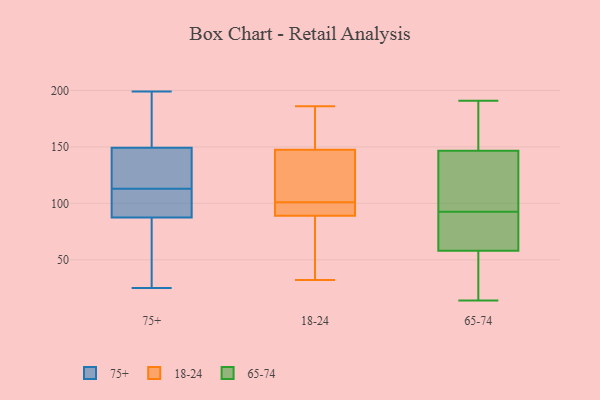
{"axis": {"x": "Backlog", "y": "Value"}, "legend": ["18-24", "65-74", "75+"], "data": [{"x": "", "y": 25, "type": "75+"}, {"x": "", "y": 186, "type": "75+"}, {"x": "", "y": 105, "type": "75+"}, {"x": "", "y": 113, "type": "75+"}, {"x": "", "y": 97, "type": "75+"}, {"x": "", "y": 134, "type": "75+"}, {"x": "", "y": 52, "type": "75+"}, {"x": "", "y": 149, "type": "75+"}, {"x": "", "y": 199, "type": "75+"}, {"x": "", "y": 129, "type": "75+"}, {"x": "", "y": 150, "type": "75+"}, {"x": "", "y": 99, "type": "75+"}, {"x": "", "y": 59, "type": "75+"}, {"x": "", "y": 149, "type": "18-24"}, {"x": "", "y": 109, "type": "18-24"}, {"x": "", "y": 98, "type": "18-24"}, {"x": "", "y": 150, "type": "18-24"}, {"x": "", "y": 83, "type": "18-24"}, {"x": "", "y": 95, "type": "18-24"}, {"x": "", "y": 32, "type": "18-24"}, {"x": "", "y": 174, "type": "18-24"}, {"x": "", "y": 91, "type": "18-24"}, {"x": "", "y": 59, "type": "18-24"}, {"x": "", "y": 88, "type": "18-24"}, {"x": "", "y": 163, "type": "18-24"}, {"x": "", "y": 104, "type": "18-24"}, {"x": "", "y": 129, "type": "18-24"}, {"x": "", "y": 146, "type": "18-24"}, {"x": "", "y": 93, "type": "18-24"}, {"x": "", "y": 186, "type": "18-24"}, {"x": "", "y": 90, "type": "18-24"}, {"x": "", "y": 53, "type": "18-24"}, {"x": "", "y": 121, "type": "18-24"}, {"x": "", "y": 91, "type": "65-74"}, {"x": "", "y": 101, "type": "65-74"}, {"x": "", "y": 20, "type": "65-74"}, {"x": "", "y": 148, "type": "65-74"}, {"x": "", "y": 14, "type": "65-74"}, {"x": "", "y": 191, "type": "65-74"}, {"x": "", "y": 81, "type": "65-74"}, {"x": "", "y": 133, "type": "65-74"}, {"x": "", "y": 175, "type": "65-74"}, {"x": "", "y": 56, "type": "65-74"}, {"x": "", "y": 26, "type": "65-74"}, {"x": "", "y": 86, "type": "65-74"}, {"x": "", "y": 159, "type": "65-74"}, {"x": "", "y": 94, "type": "65-74"}, {"x": "", "y": 145, "type": "65-74"}, {"x": "", "y": 60, "type": "65-74"}]}